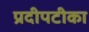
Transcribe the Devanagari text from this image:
प्रदीपटीका